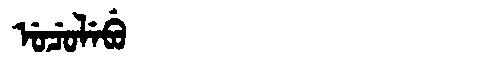
Manchu: ᡠᠴᡠᠯᡝᠪᡠ
Romanization: UCULEBU